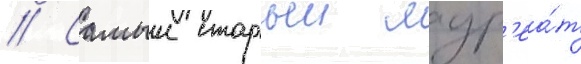
// Самыи старыи лаур'еа́т